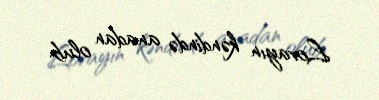
Lovayın kəndində anadan olub.